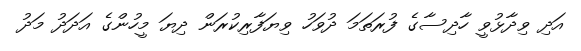
އަދި ވިދާޅުވީ ހާދިސާގެ ފުރަތަމަ ދުވަހު ވިޔަފާރިކުރަން ދިޔަ މީހުންގެ އަދަދު މަދު